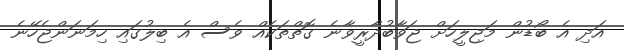
އަދި އެ ބޯޑުން މަޖިލީހަށް ޖަވާބުދާރީވާނެ ގޮތްތަކެއް ވެސް އެ ބިލުގައި ހިމަނަންޖެހޭނެ